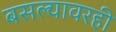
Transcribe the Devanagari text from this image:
बसल्यावरही